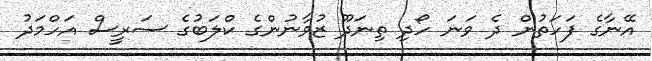
އޭނާގެ ފަހަތުން ދެ ވަނަ ހޯދި ތިނަދޫ ޒުވާނުންގެ ކްލަބުގެ ސަރީސް އަހްމަދު